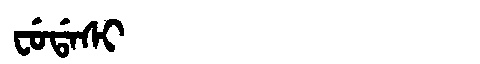
Manchu: ᠸᡠᡩᠠᠰᡳ
Romanization: FUDASI